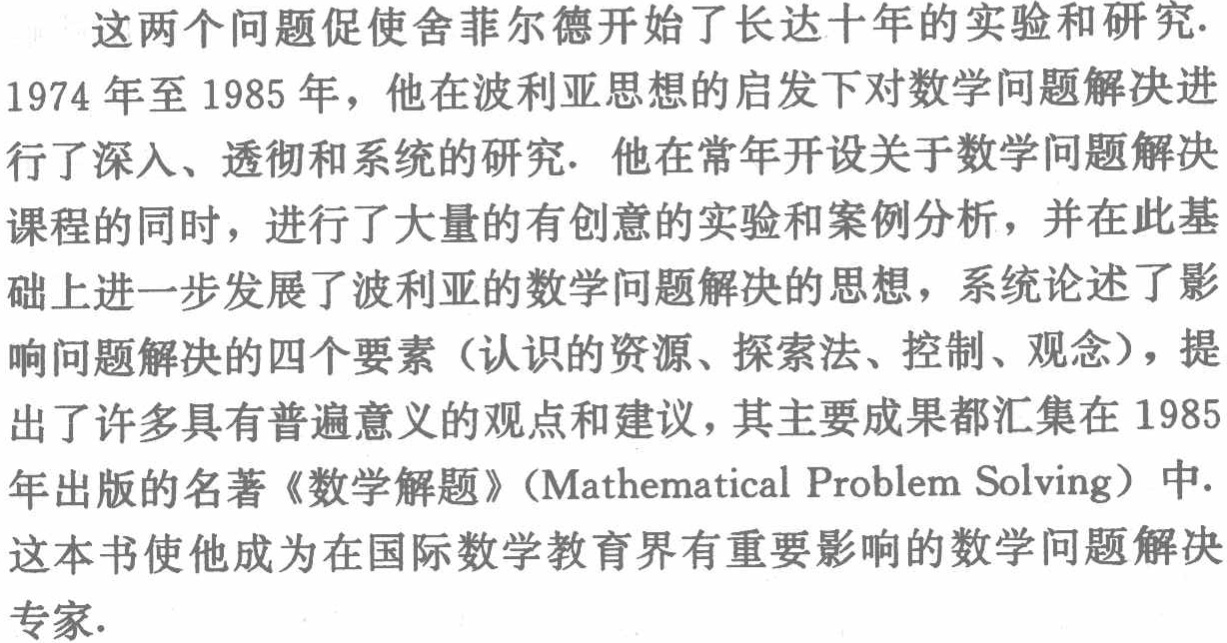
这两个问题促使舍菲尔德开始了长达十年的实验和研究.

1974 年至 1985 年，他在波利亚思想的启发下对数学问题解决进行了深入、透彻和系统的研究. 他在常年开设关于数学问题解决课程的同时，进行了大量的有创意的实验和案例分析，并在此基础上进一步发展了波利亚的数学问题解决的思想，系统论述了影响问题解决的四个要素（认识的资源、探索法、控制、观念），提出了许多具有普遍意义的观点和建议，其主要成果都汇集在 1985年出版的名著《数学解题》（Mathematical Problem Solving）中.

这本书使他成为在国际数学教育界有重要影响的数学问题解决专家.